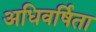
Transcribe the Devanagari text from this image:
अधिवर्षिता